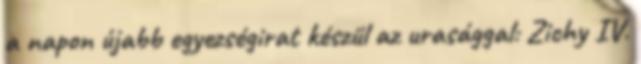
a napon újabb egyezségirat készül az urasággal: Zichy IV.